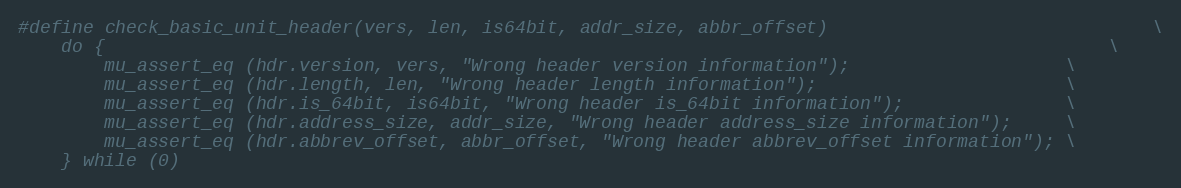
Language: C
#define check_basic_unit_header(vers, len, is64bit, addr_size, abbr_offset)                              \
	do {                                                                                             \
		mu_assert_eq (hdr.version, vers, "Wrong header version information");                    \
		mu_assert_eq (hdr.length, len, "Wrong header length information");                       \
		mu_assert_eq (hdr.is_64bit, is64bit, "Wrong header is_64bit information");               \
		mu_assert_eq (hdr.address_size, addr_size, "Wrong header address_size information");     \
		mu_assert_eq (hdr.abbrev_offset, abbr_offset, "Wrong header abbrev_offset information"); \
	} while (0)